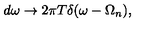
d \omega \to 2 \pi T \delta ( \omega - \Omega _ { n } ) { , }